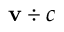
\mathbf { v } \div c